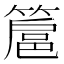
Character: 簄